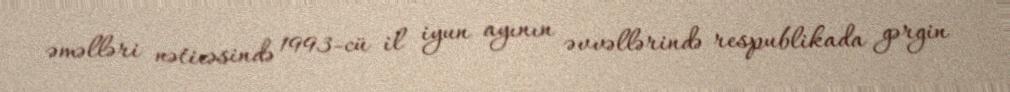
əməlləri nəticəsində 1993-cü il iyun ayının əvvəllərində respublikada gərgin